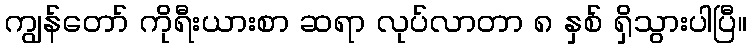
ကျွန်တော် ကိုရီးယားစာ ဆရာ လုပ်လာတာ ၈ နှစ် ရှိသွားပါပြီ။